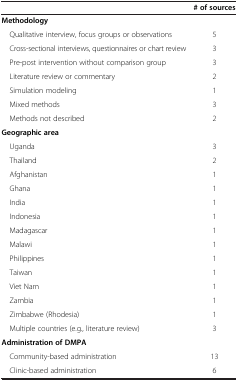
<table><thead><tr><td><b> </b></td><td><b># of sources</b></td></tr></thead><tbody><tr><td><b>Methodology</b></td><td> </td></tr><tr><td> Qualitative interview, focus groups or observations</td><td>5</td></tr><tr><td> Cross-sectional interviews, questionnaires or chart review</td><td>3</td></tr><tr><td> Pre-post intervention without comparison group</td><td>3</td></tr><tr><td> Literature review or commentary</td><td>2</td></tr><tr><td> Simulation modeling</td><td>1</td></tr><tr><td> Mixed methods</td><td>3</td></tr><tr><td> Methods not described</td><td>2</td></tr><tr><td><b>Geographic area</b></td><td> </td></tr><tr><td> Uganda</td><td>3</td></tr><tr><td> Thailand</td><td>2</td></tr><tr><td> Afghanistan</td><td>1</td></tr><tr><td> Ghana</td><td>1</td></tr><tr><td> India</td><td>1</td></tr><tr><td> Indonesia</td><td>1</td></tr><tr><td> Madagascar</td><td>1</td></tr><tr><td> Malawi</td><td>1</td></tr><tr><td> Philippines</td><td>1</td></tr><tr><td> Taiwan</td><td>1</td></tr><tr><td> Viet Nam</td><td>1</td></tr><tr><td> Zambia</td><td>1</td></tr><tr><td> Zimbabwe (Rhodesia)</td><td>1</td></tr><tr><td> Multiple countries (e.g., literature review)</td><td>3</td></tr><tr><td><b>Administration of DMPA</b></td><td> </td></tr><tr><td> Community-based administration</td><td>13</td></tr><tr><td> Clinic-based administration</td><td>6</td></tr></tbody></table>